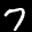
Label: 7